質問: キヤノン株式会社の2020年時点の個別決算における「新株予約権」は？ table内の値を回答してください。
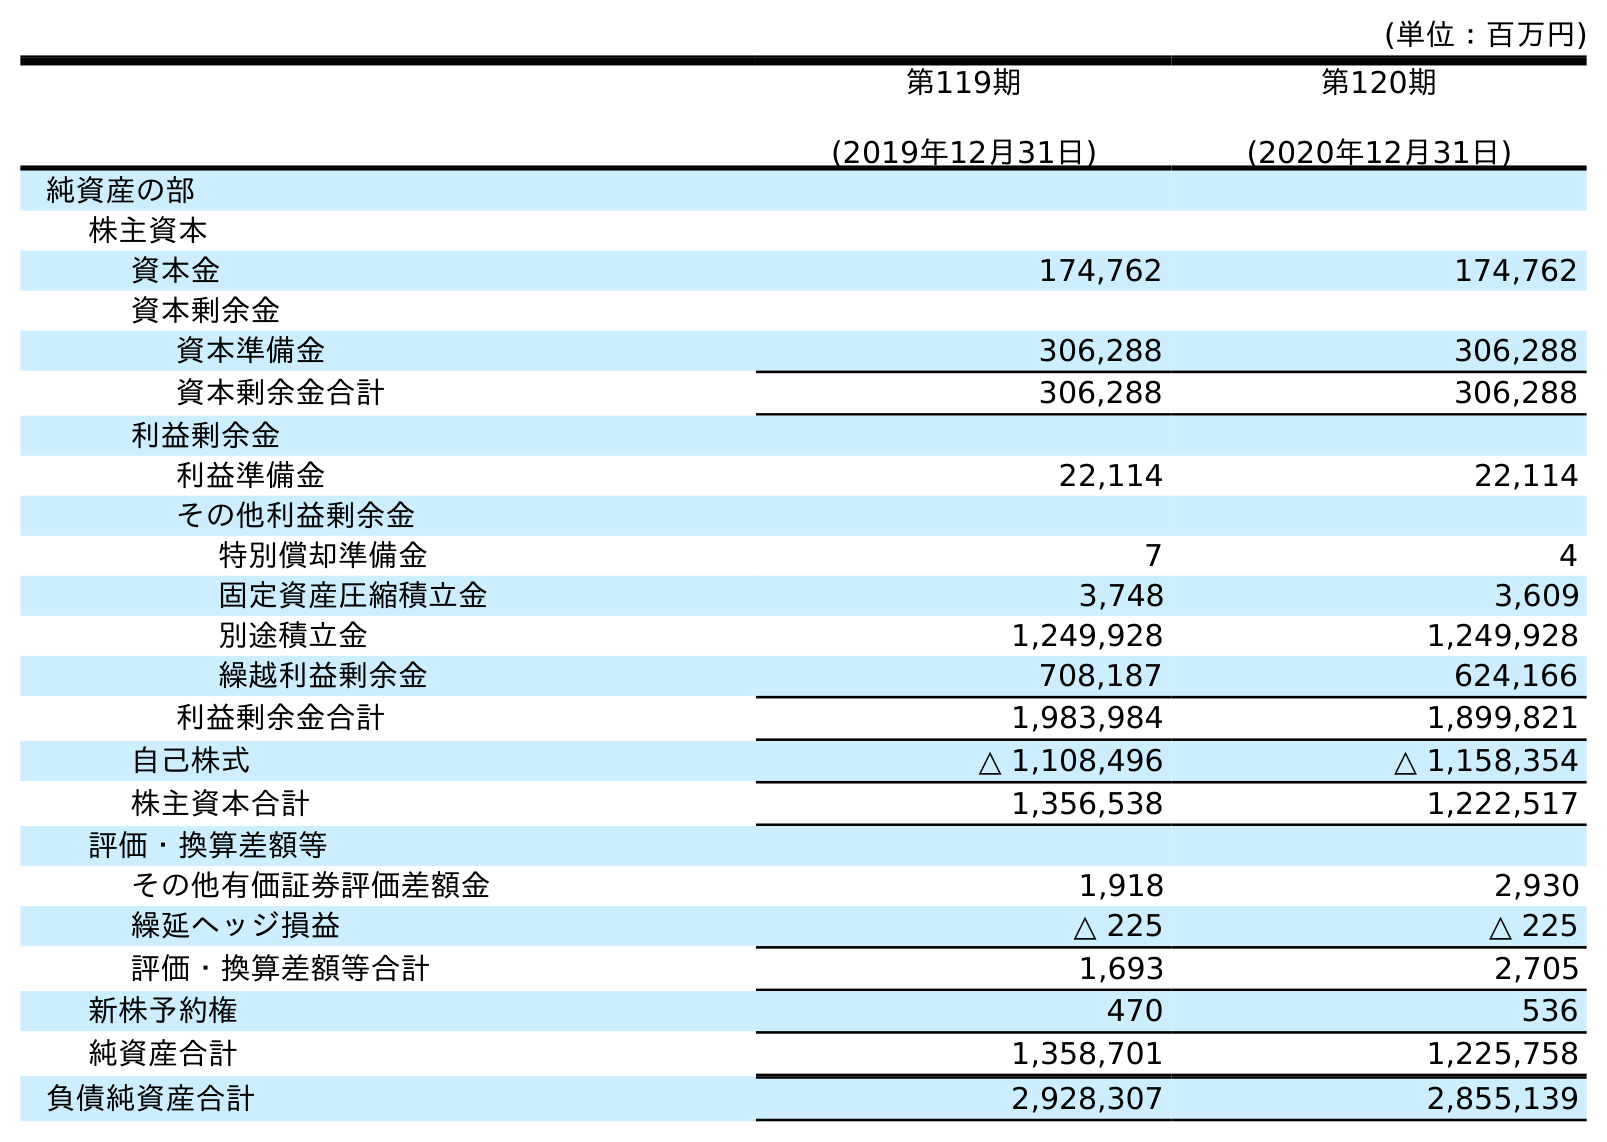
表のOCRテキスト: (単位：百万円) 第119期 (2019年12月31日) 第120期 (2020年12月31日) 純資産の部 株主資本 資本金 174,762 174,762 資本剰余金 資本準備金 306,288 306,288 資本剰余金合計 306,288 306,288 利益剰余金 利益準備金 22,114 22,114 その他利益剰余金 特別償却準備金 7 4 固定資産圧縮積立金 3,748 3,609 別途積立金 1,249,928 1,249,928 繰越利益剰余金 708,187 624,166 利益剰余金合計 1,983,984 1,899,821 自己株式 △ 1,108,496 △ 1,158,354 株主資本合計 1,356,538 1,222,517 評価・換算差額等 その他有価証券評価差額金 1,918 2,930 繰延ヘッジ損益 △ 225 △ 225 評価・換算差額等合計 1,693 2,705 新株予約権 470 536 純資産合計 1,358,701 1,225,758 負債純資産合計 2,928,307 2,855,139
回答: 536